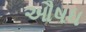
ઔષધ